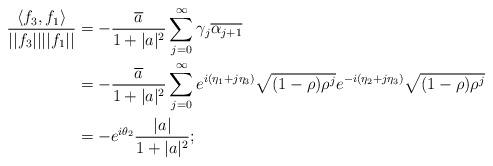
LaTeX: \begin{align*}\frac{\langle f_3,f_1\rangle}{||f_3||||f_1||}&=-\frac{\overline{a}}{1+|a|^2}\sum_{j=0}^{\infty}\gamma_j\overline{\alpha_{j+1}}\\&=-\frac{\overline{a}}{1+|a|^2}\sum_{j=0}^{\infty}e^{i(\eta_1+j\eta_3)}\sqrt{(1-\rho)\rho^j}e^{-i(\eta_2+j\eta_3)}\sqrt{(1-\rho)\rho^j}\\&=-e^{i\theta_2}\frac{|a|}{1+|a|^2};\end{align*}